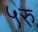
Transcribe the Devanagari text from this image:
५रु